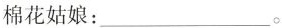
棉花姑娘：___。